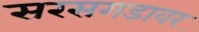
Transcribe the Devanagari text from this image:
सरसगडावर